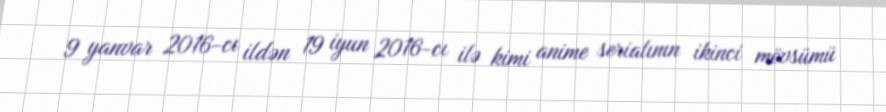
9 yanvar 2016-cı ildən 19 iyun 2016-cı ilə kimi anime serialının ikinci mövsümü